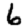
Digit: 6